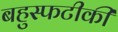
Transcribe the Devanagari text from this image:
बहुस्फटीकी